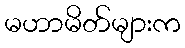
မဟာမိတ်များက